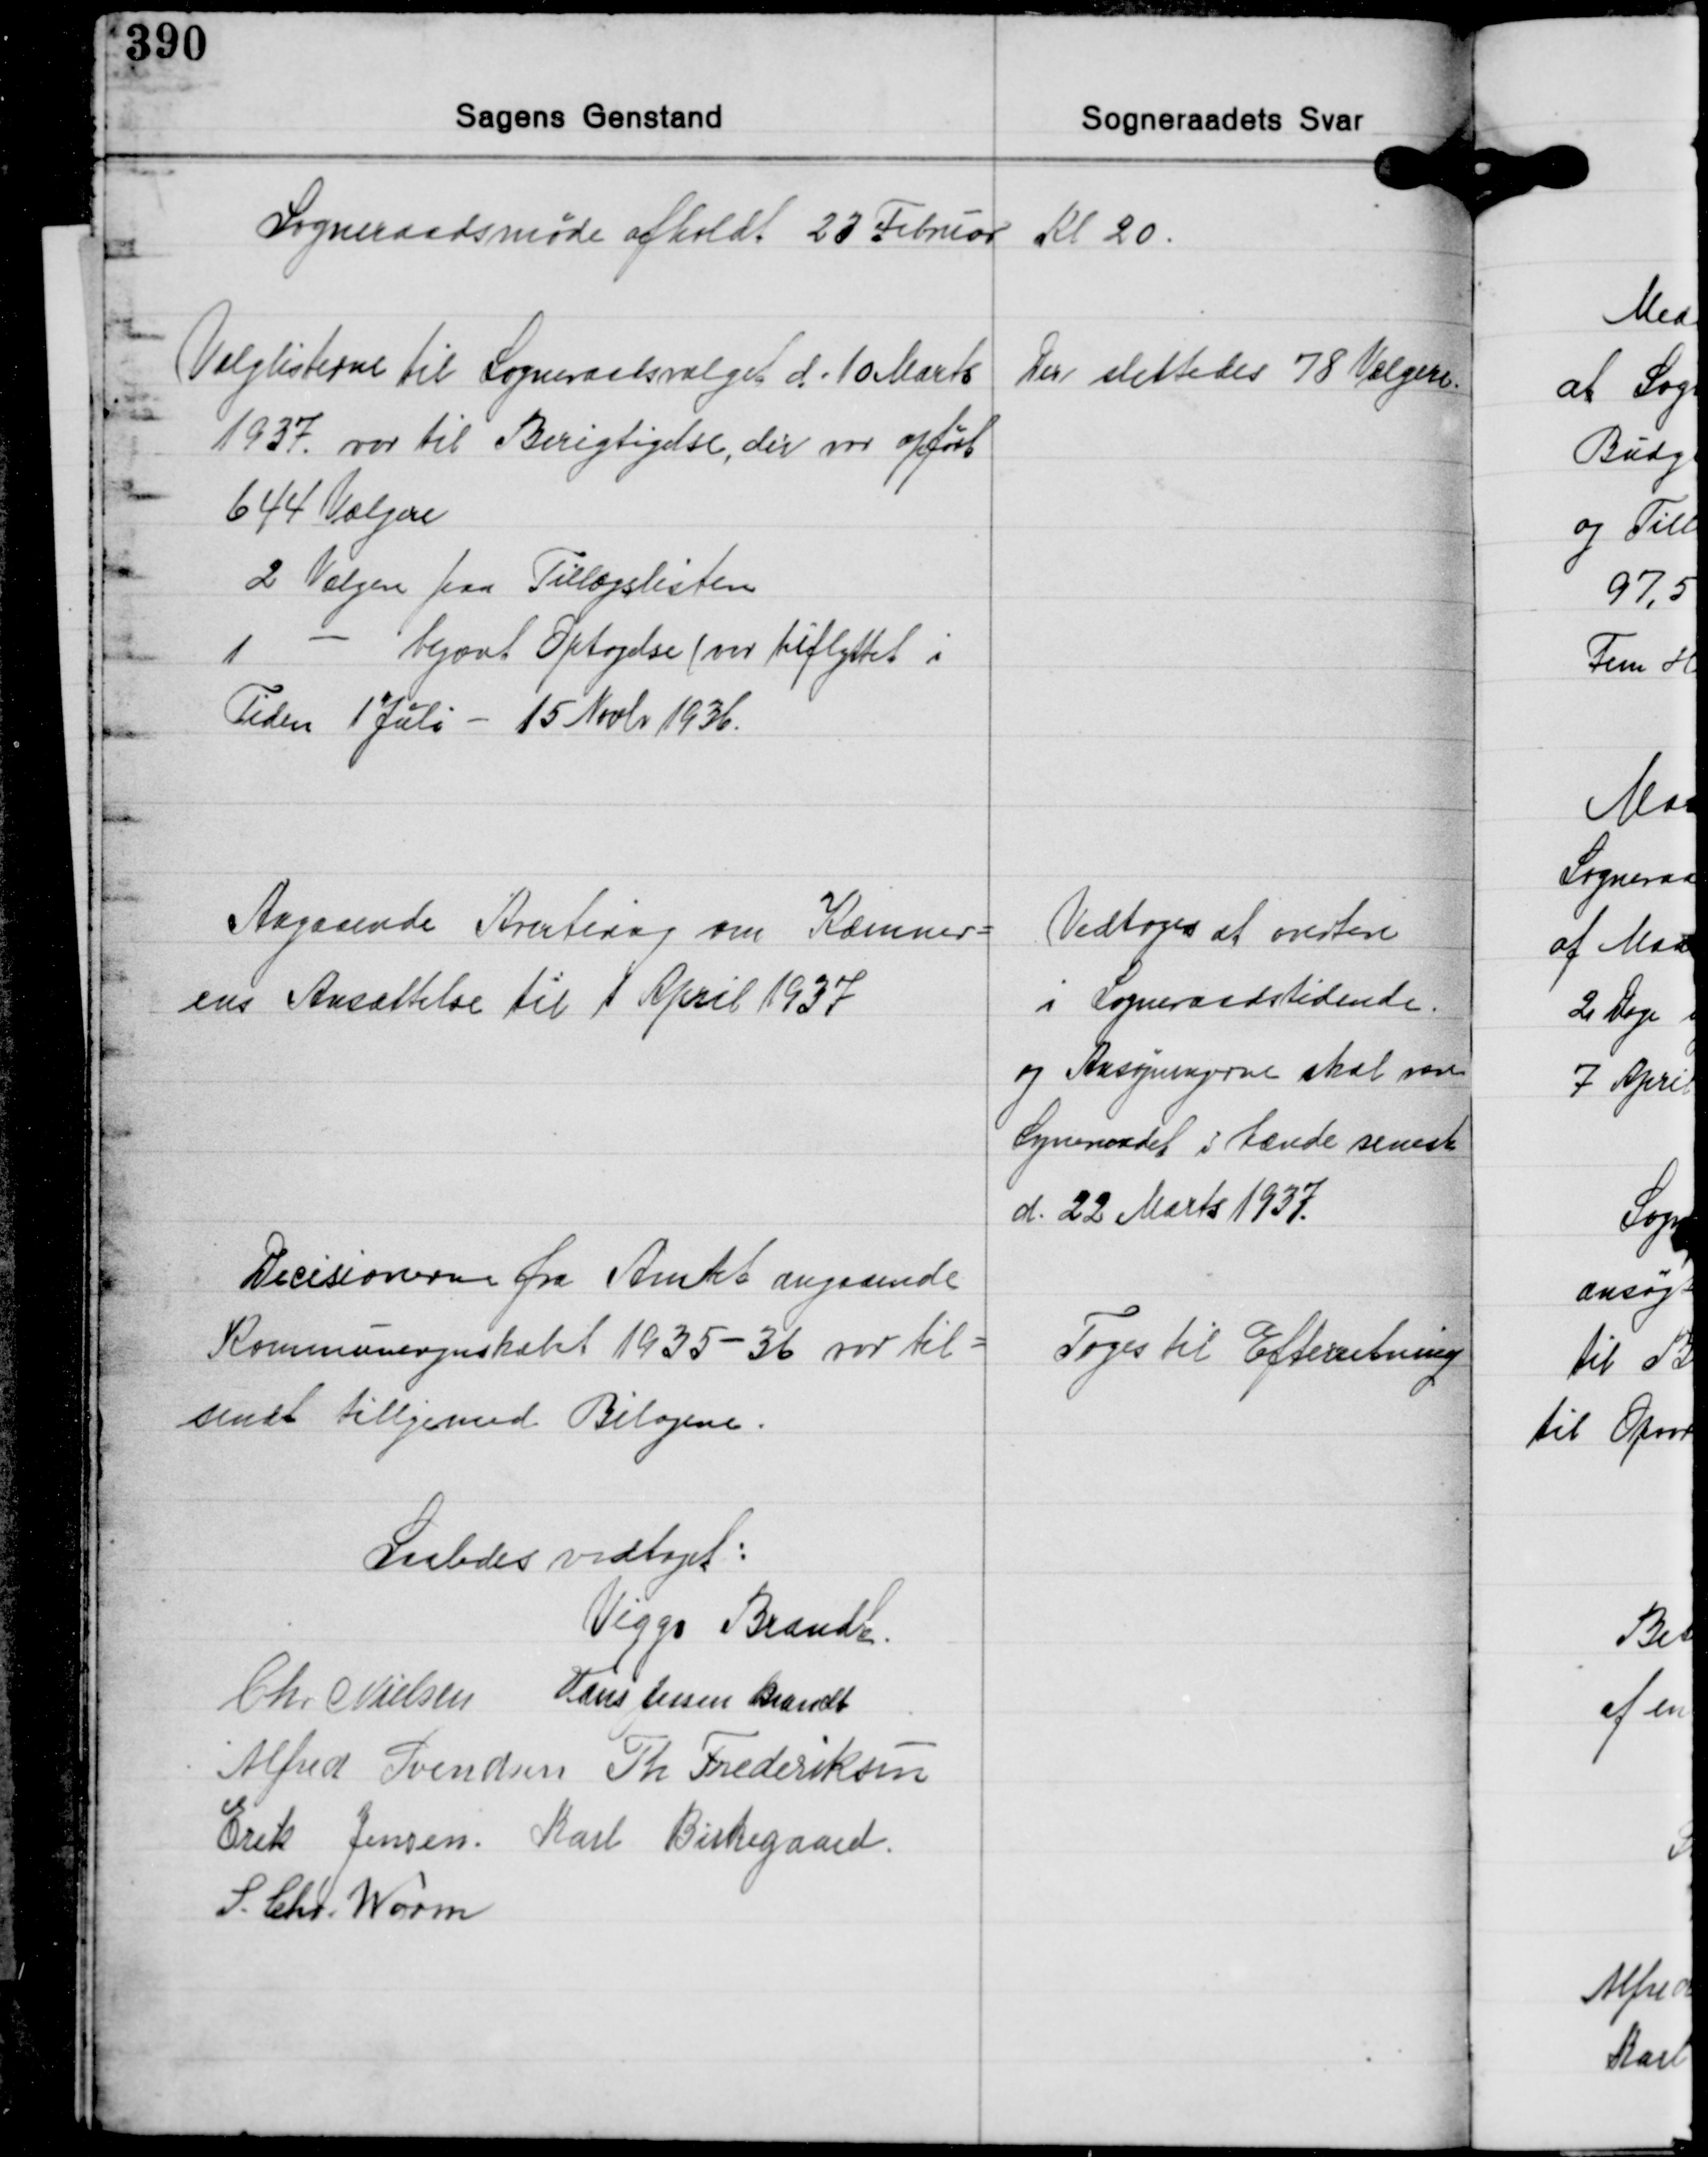
Transskription:
Sogneraadsmøde afholdt 23 Februar Kl 20.

Valglisterne til Sogneraadsvalget d. 10 Marts
1937 var til Berigtigelse, der vor opført
644 Vælgere
2 Vælgere paa Tillægslisten
1 - begæret Optagelse (var tilflyttet i
Tiden 1 Juli - 15 Novbr. 1936.

Der slettedes 78 Vælgere

Angaaende Avertering om Kæmner-
ens Ansættelse til 1 April 1937

Vedtoges at avertere
i Sogneraadstidende
og Ansøgningerne skal være
Sogneraaadet i hænde senest
d. 22 Marts 1937.

Decisionerne fra Amtet angaaende
Kommuneregnskabet 1935-36 var til-
sendt tillgemed Bilagene.

Toges til Efterretning

Saaldes vedtaget:
Viggo Brandt
Chr. Nielsen Hans Jessen Brandt
Alfred Svendsen Th. Frederiksen
Erik Jensen Karl Birkegaard
S. Chr. Worm